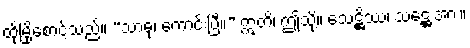
ထိုမြို့စောင့်သည်။ “သာဓု၊ ကောင်းပြီ။” ဣတိ၊ ဤသို့။ သေဋ္ဌိဿ၊ သဋ္ဌေးအား။